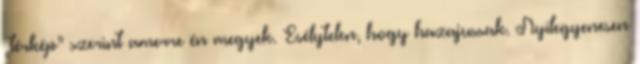
„térkép” szerint amerre én megyek. Esélytelen, hogy hazajussak. Nyílegyenesen